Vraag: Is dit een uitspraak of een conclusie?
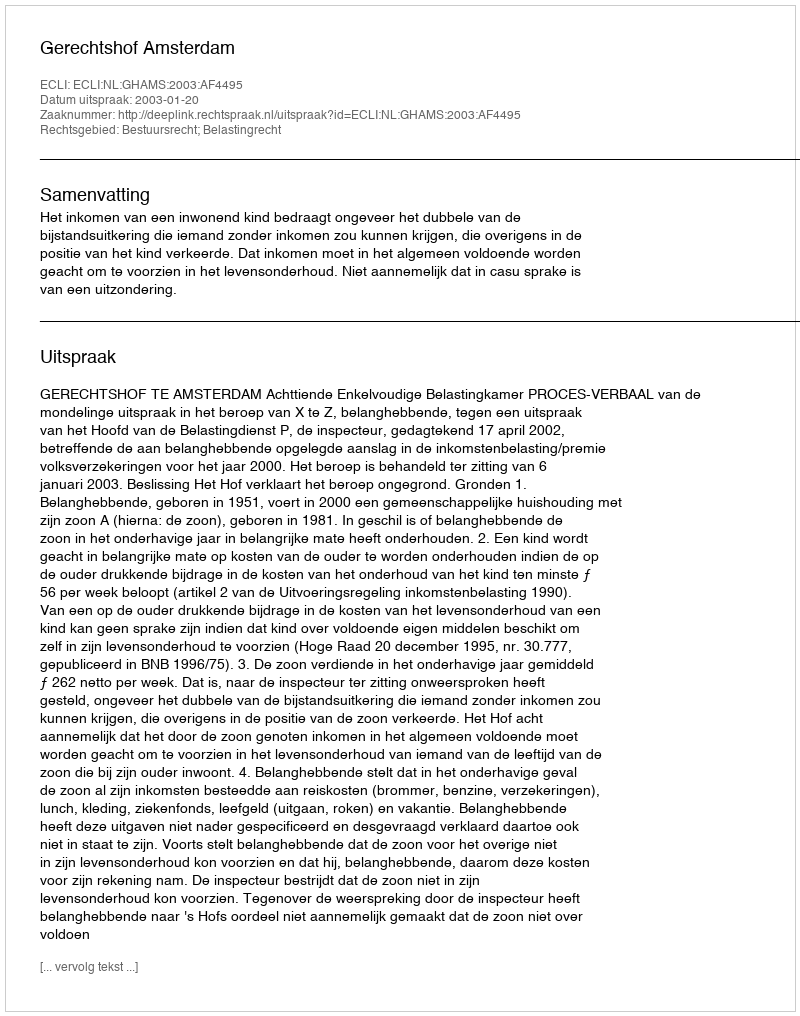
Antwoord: Uitspraak